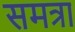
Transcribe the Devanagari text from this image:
समत्रा